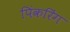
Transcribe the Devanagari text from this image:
पिंकरिंग